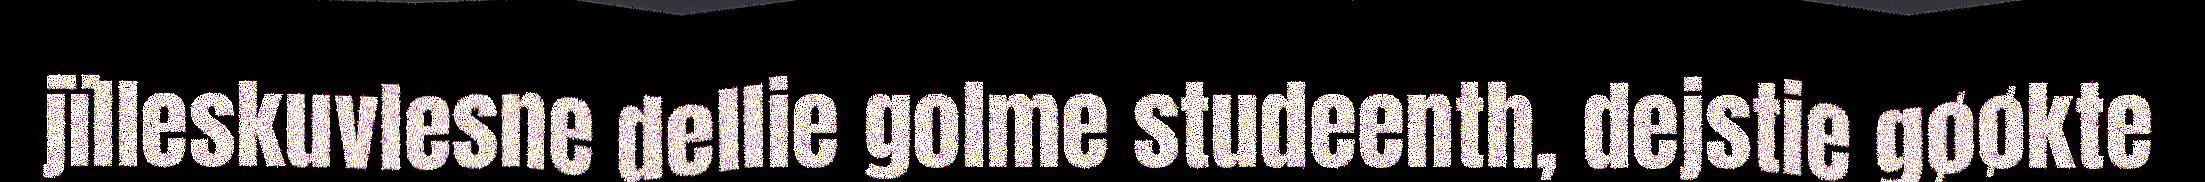
jïlleskuvlesne dellie golme studeenth, dejstie gøøkte